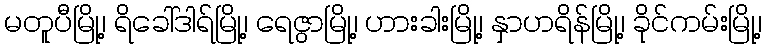
မတူပီမြို့၊ ရိခေါ်ဒါရ်မြို့၊ ရေဇွာမြို့၊ ဟားခါးမြို့၊ နှာဟရိန်မြို့၊ ခိုင်ကမ်းမြို့၊